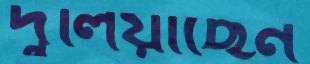
দুলিয়াছেন